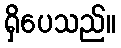
ရှိပေသည်။